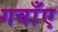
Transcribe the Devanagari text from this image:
गवाँए